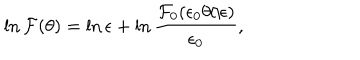
\ln { \cal F } ( \theta ) = \ln \epsilon + \ln \frac { { \cal F } _ { 0 } ( \epsilon _ { 0 } \theta / \epsilon ) } { \epsilon _ { 0 } } ,